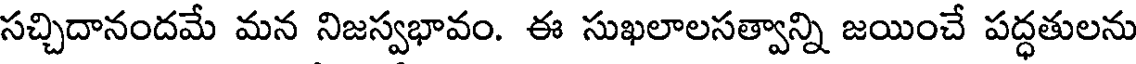
సచ్చిదానందమే మన నిజస్వభావం. ఈ సుఖలాలసత్వాన్ని జయించే పద్ధతులను